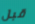
قبل